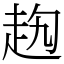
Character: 𧺤